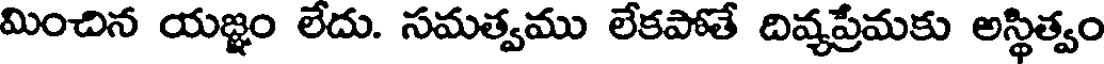
మించిన యజ్ఞం లేదు. సమత్వము లేకపోతే దివ్యప్రేమకు అస్థిత్వం